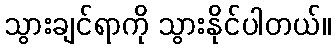
သွားချင်ရာကို သွားနိုင်ပါတယ်။